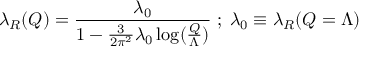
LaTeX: \lambda _ { R } ( Q ) = \frac { \lambda _ { 0 } } { 1 - \frac { 3 } { 2 \pi ^ { 2 } } \lambda _ { 0 } \log ( \frac { Q } { \Lambda } ) } \; ; \; \lambda _ { 0 } \equiv \lambda _ { R } ( Q = \Lambda )